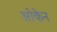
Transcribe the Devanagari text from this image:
ओकेन